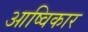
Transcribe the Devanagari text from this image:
आष्विकार